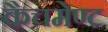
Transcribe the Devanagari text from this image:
कैचमेण्ट